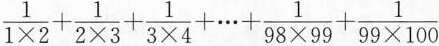
$$\frac{1}{1 \times 2}+ \frac{1}{2 \times 3}+ \frac{1}{3 \times 4}+ \cdots + \frac{1}{98 \times 99}+ \frac{1}{99 \times 100}$$